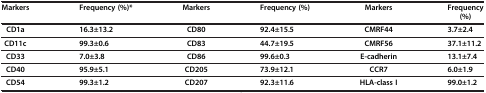
<table><thead><tr><td><b>Markers</b></td><td><b>Frequency (%)*</b></td><td><b>Markers</b></td><td><b>Frequency (%)</b></td><td><b>Markers</b></td><td><b>Frequency (%)</b></td></tr></thead><tbody><tr><td><b>CD1a</b></td><td><b>16.3±13.2</b></td><td><b>CD80</b></td><td><b>92.4±15.5</b></td><td><b>CMRF44</b></td><td><b>3.7±2.4</b></td></tr><tr><td><b>CD11c</b></td><td><b>99.3±0.6</b></td><td><b>CD83</b></td><td><b>44.7±19.5</b></td><td><b>CMRF56</b></td><td><b>37.1±11.2</b></td></tr><tr><td><b>CD33</b></td><td><b>7.0±3.8</b></td><td><b>CD86</b></td><td><b>99.6±0.3</b></td><td><b>E-cadherin</b></td><td><b>13.1±7.4</b></td></tr><tr><td><b>CD40</b></td><td><b>95.9±5.1</b></td><td><b>CD205</b></td><td><b>73.9±12.1</b></td><td><b>CCR7</b></td><td><b>6.0±1.9</b></td></tr><tr><td><b>CD54</b></td><td><b>99.3±1.2</b></td><td><b>CD207</b></td><td><b>92.3±11.6</b></td><td><b>HLA-class I</b></td><td><b>99.0±1.2</b></td></tr></tbody></table>